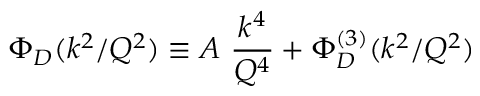
\Phi _ { D } ( k ^ { 2 } / Q ^ { 2 } ) \equiv A \ { \frac { k ^ { 4 } } { Q ^ { 4 } } } + \Phi _ { D } ^ { ( 3 ) } ( k ^ { 2 } / Q ^ { 2 } )